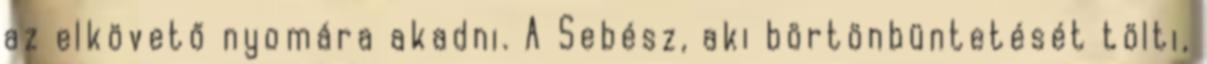
az elkövető nyomára akadni. A Sebész, aki börtönbüntetését tölti,